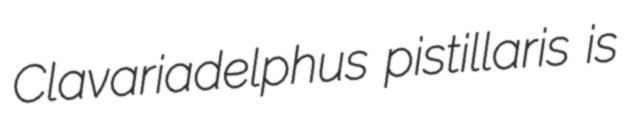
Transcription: Clavariadelphus pistillaris is